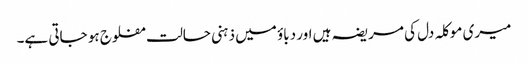
میری موکلہ دل کی مریضہ ہیں اور دباؤ میں ذہنی حالت مفلوج ہو جاتی ہے۔